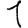
Digit: 1